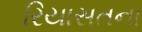
રિયાસતના